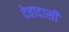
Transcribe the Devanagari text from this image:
देवादासी